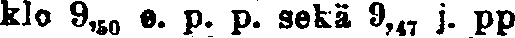
klo 9,50 e. p. p. sekä 9,47 j. pp